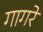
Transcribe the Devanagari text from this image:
गागरे